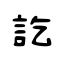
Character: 訖